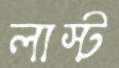
লাস্ট